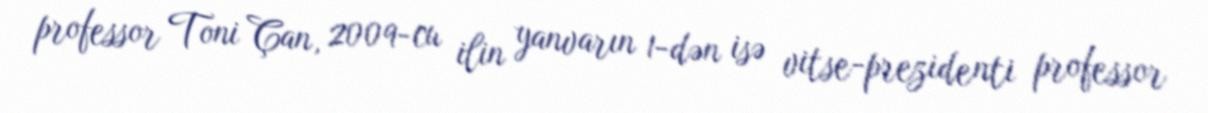
professor Toni Çan, 2009-cu ilin yanvarın 1-dən isə vitse-prezidenti professor